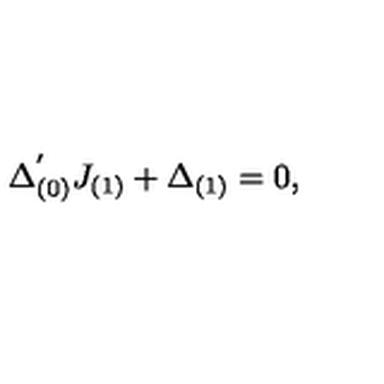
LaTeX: \Delta _ { ( 0 ) } ^ { ' } J _ { ( 1 ) } + \Delta _ { ( 1 ) } = 0 ,